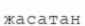
жасатан